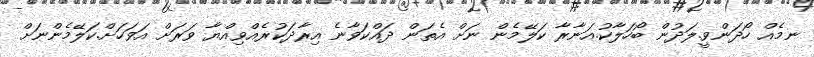
ނމެއް ހޯދަންވީ.ލަދުން ބޯހަލާކު.އަނާރާ ކަލޭމެން ނަށް އެތަން ދައްކަވާނެ އިރާދަކުރެއްވިއްޔާ ވަރަށް އަވަހަށް.ކަލޭމެންނަށް